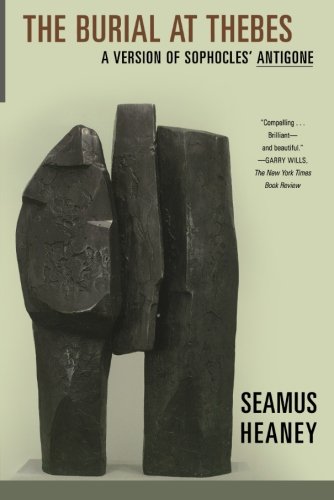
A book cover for The Burial at Thebes: A Version of Sophocles' Antigone; Sophocles; Literature & Fiction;